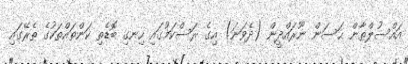
އައްސުލްޠާން ޙަސަން ނޫރައްދީން (ދެވަނަ) އިގެ ރަސްކަމުގައި ހިނގި ބޮޑެތި ކަންތައްތަކުގެ ތެރޭގައި